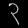
Digit: ၃